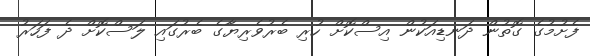
ފެށުމުގެ ގޮތުން ދަނޑިއަކުން އިސްކޮށް ހުރި ބެރުވެރިޔާގެ ބެރުގައި ލަސްކޮށް ދެ ފަހަރު